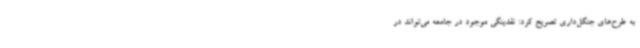
به طرح‌های جنگل‌داری تصریح کرد: نقدینگی موجود در جامعه می‌تواند در